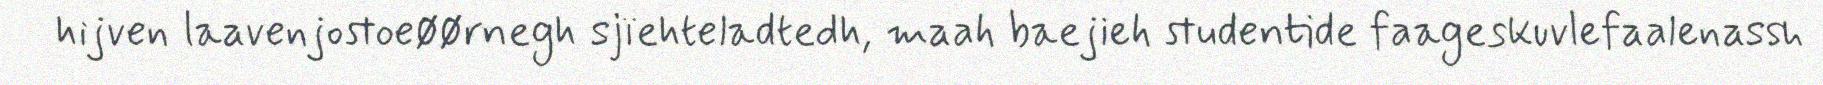
hijven laavenjostoeøørnegh sjïehteladtedh, maah baejieh studentide faageskuvlefaalenassh